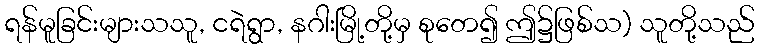
ရန်မူခြင်းများသသူ, ငရဲရွာ, နဂါးမြို့တို့မှ စုတေ၍ ဤ၌ဖြစ်သ) သူတို့သည်